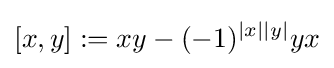
[x,y]:=xy-(-1)^{|x||y|}yx